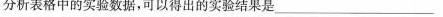
分析表格中的实验数据，可以得出的实验结果是___